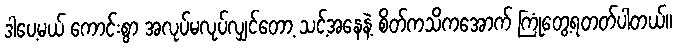
ဒါပေ့မယ် ကောင်းစွာ အလုပ်မလုပ်လျှင်တော့ သင့်အနေနဲ့ စိတ်ကသိကအောက် ကြုံတွေ့ရတတ်ပါတယ်။